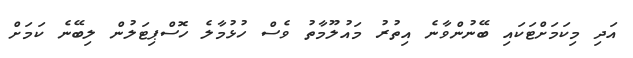
އަދި މިކަަމަށްޓަކައި ބޭނުންވާނެ އިތުރު މައުލޫމާތު ވެސް ހުޅުމާލެ ހޮސްޕިޓަލުން ލިބޭނެ ކަމަށް